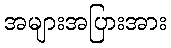
အများအပြားအား